Lunatic asylums Madras 1892-1911 - 1892-1911
Year: 1892
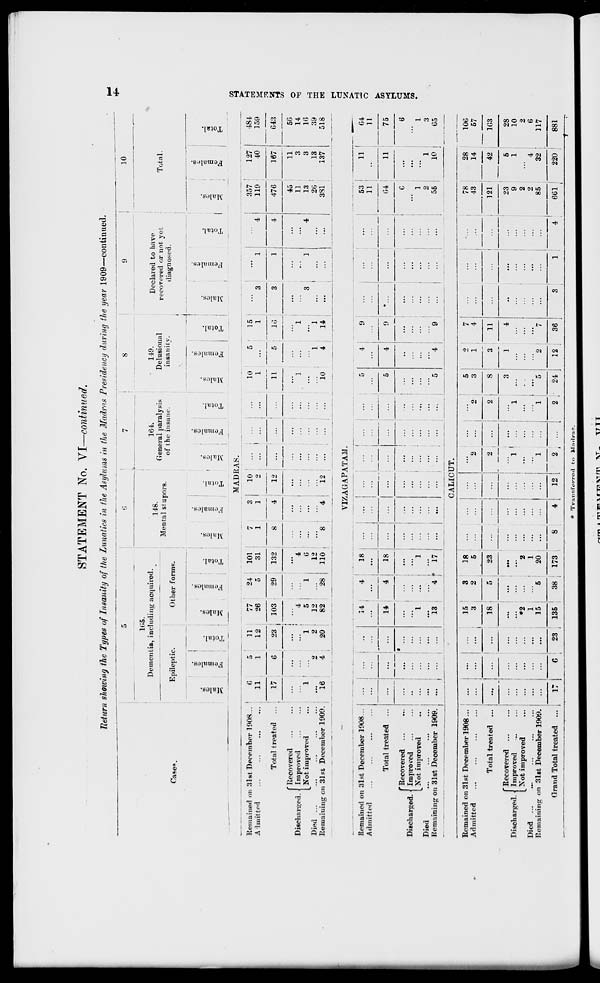
STATEMENT No. Yl—continued.
Return showing the Types of Insanity of the Lunatics in the Asylums in the Madras Presidency during the year 1909—continued.
165.
Dementia, including acquired.
Case**.
V.
Epileptic.
no
\
S
fa
Other forms.
148.
Mental stupors.
164.
General paralysis
of the insane.
10
149.
Delusional
insanity.
Declared to have
recovered or not yet,
diagnosed.
Total.
a
■-
O
•
a:
2
fa
■i.
-
i
e>
-
"3
MADRAS.
Remained on 31st December 1908... '
A Unit ted
G
11
11
12
77
26
24
5
Total treated
17
23
103
101
31
29 ; 132
10
g
. i .
12
CO
©
cs
ee
c
o
fa
EH
1
...
■J.
©
0)
fa
o
EH
o
O
EH
CO
0.
Oil
a
fa
f Recovered
Improved
Discharged. •
Not improved
Died
Remaining en 31 PI December 1909.
1 '
16
2
4
1
!
4 1
4
1
5 !
1
G
2
12
12
20
1
82
28
110
8
4
12
VIZAGAPATAM.
Remained on 31st December 1908...
Admitted
Total treated
(Recovered ...
Improved
Not improved
Died
Remaining on 31st December 1909.
.
..
:;:
...
.
:::
:::
:::
. !
14
18
14
18
1
13
4 f
J
1
17
i
CALICUT.
5
4
5
4
5
4
9
4 i
9
...
...
53
...
11
• _
...
G4
...
C
...
...
1
2
•■•
...
55
11
ej
o
EH
10
5
15
1
357
127
484
1
5
1
3
1
4
119
40
159
11
16
3
1
4
476
167
G43
45
11
56
]
1
11
3
14
3
1
4
13
3
16
1
1
1
2G
13
39
10
4
14
1
!
...
381
l
137
518
G4
11
11
75
6
1
10
1
3
G5
Remained on
Admitted
31pt December 1908 ...
::: : :::
:::
15
3
18
3
2
18
5
...
...
2
.'.'.
9
5
3
j|
3
1
2 :
7
4
...
!
78
43
121
28
14
10C
57
Total treated ...
... | ... : ...
5
23
2 , ...
2
1
...
1
8
11
1
42
1G3
Discharged. •
Died ...
Remaining o
'Recovered ...
Improved
^Xot improved
n 31et December 1909.
...
...
"*2
1
15 |
5
2
1
20
...
:::
"}\ '■ ■ ■
...
1
..'.
3
4
"*7
...
i
23
9
2
2
85
5
1
4
32
28
10
2
6
117
a rand Total treated ... 17
C
23
135 1
38 | 173
8
4
12
■ j ... j
2 ,
24
12
36
3
J
1
4 '
661 1
1
220
881
1
r
CO
H
>
H
Ed
Cfi
o
tu
M
a
>
O
►
H
t*
09
* Tvansforred to Mndraa.